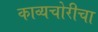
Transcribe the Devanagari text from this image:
काव्यचोरीचा